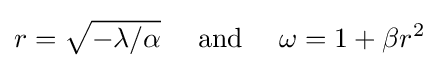
r={\sqrt {-\lambda /\alpha }}\quad {\text{ and }}\quad \omega =1+\beta r^{2}